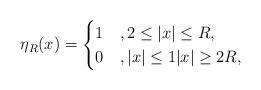
LaTeX: \begin{align*}\eta_{R}(x)=\begin{cases}1 & ,2\le|x|\le R,\\0 & ,|x|\le1|x|\ge2R,\end{cases} \end{align*}